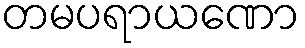
တမပရာယဏော